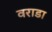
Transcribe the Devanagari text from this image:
वराडा